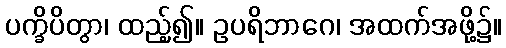
ပက္ခိပိတွာ၊ ထည့်၍။ ဥပရိဘာဂေ၊ အထက်အဖို့၌။